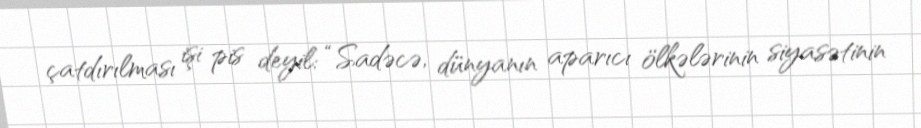
çatdırılması işi pis deyil: “Sadəcə, dünyanın aparıcı ölkələrinin siyasətinin